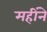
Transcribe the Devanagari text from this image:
महींने